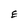
Character: E